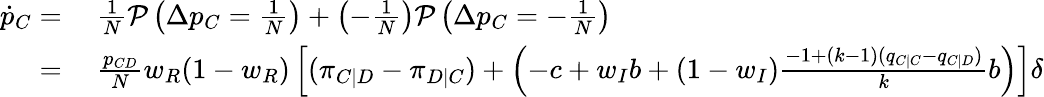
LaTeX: \begin{array}{rl}{\dot{p}_{C}=}&{{}~\frac{1}{N}\mathcal{P}\left(\Delta p_{C}=\frac{1}{N}\right)+\left(-\frac{1}{N}\right)\mathcal{P}\left(\Delta p_{C}=-\frac{1}{N}\right)}\\ {=}&{{}~\frac{p_{CD}}{N}w_{R}(1-w_{R})\left[(\pi_{C|D}-\pi_{D|C})+\left(-c+w_{I}b+(1-w_{I})\frac{-1+(k-1)(q_{C|C}-q_{C|D})}{k}b\right)\right]\delta}\end{array}